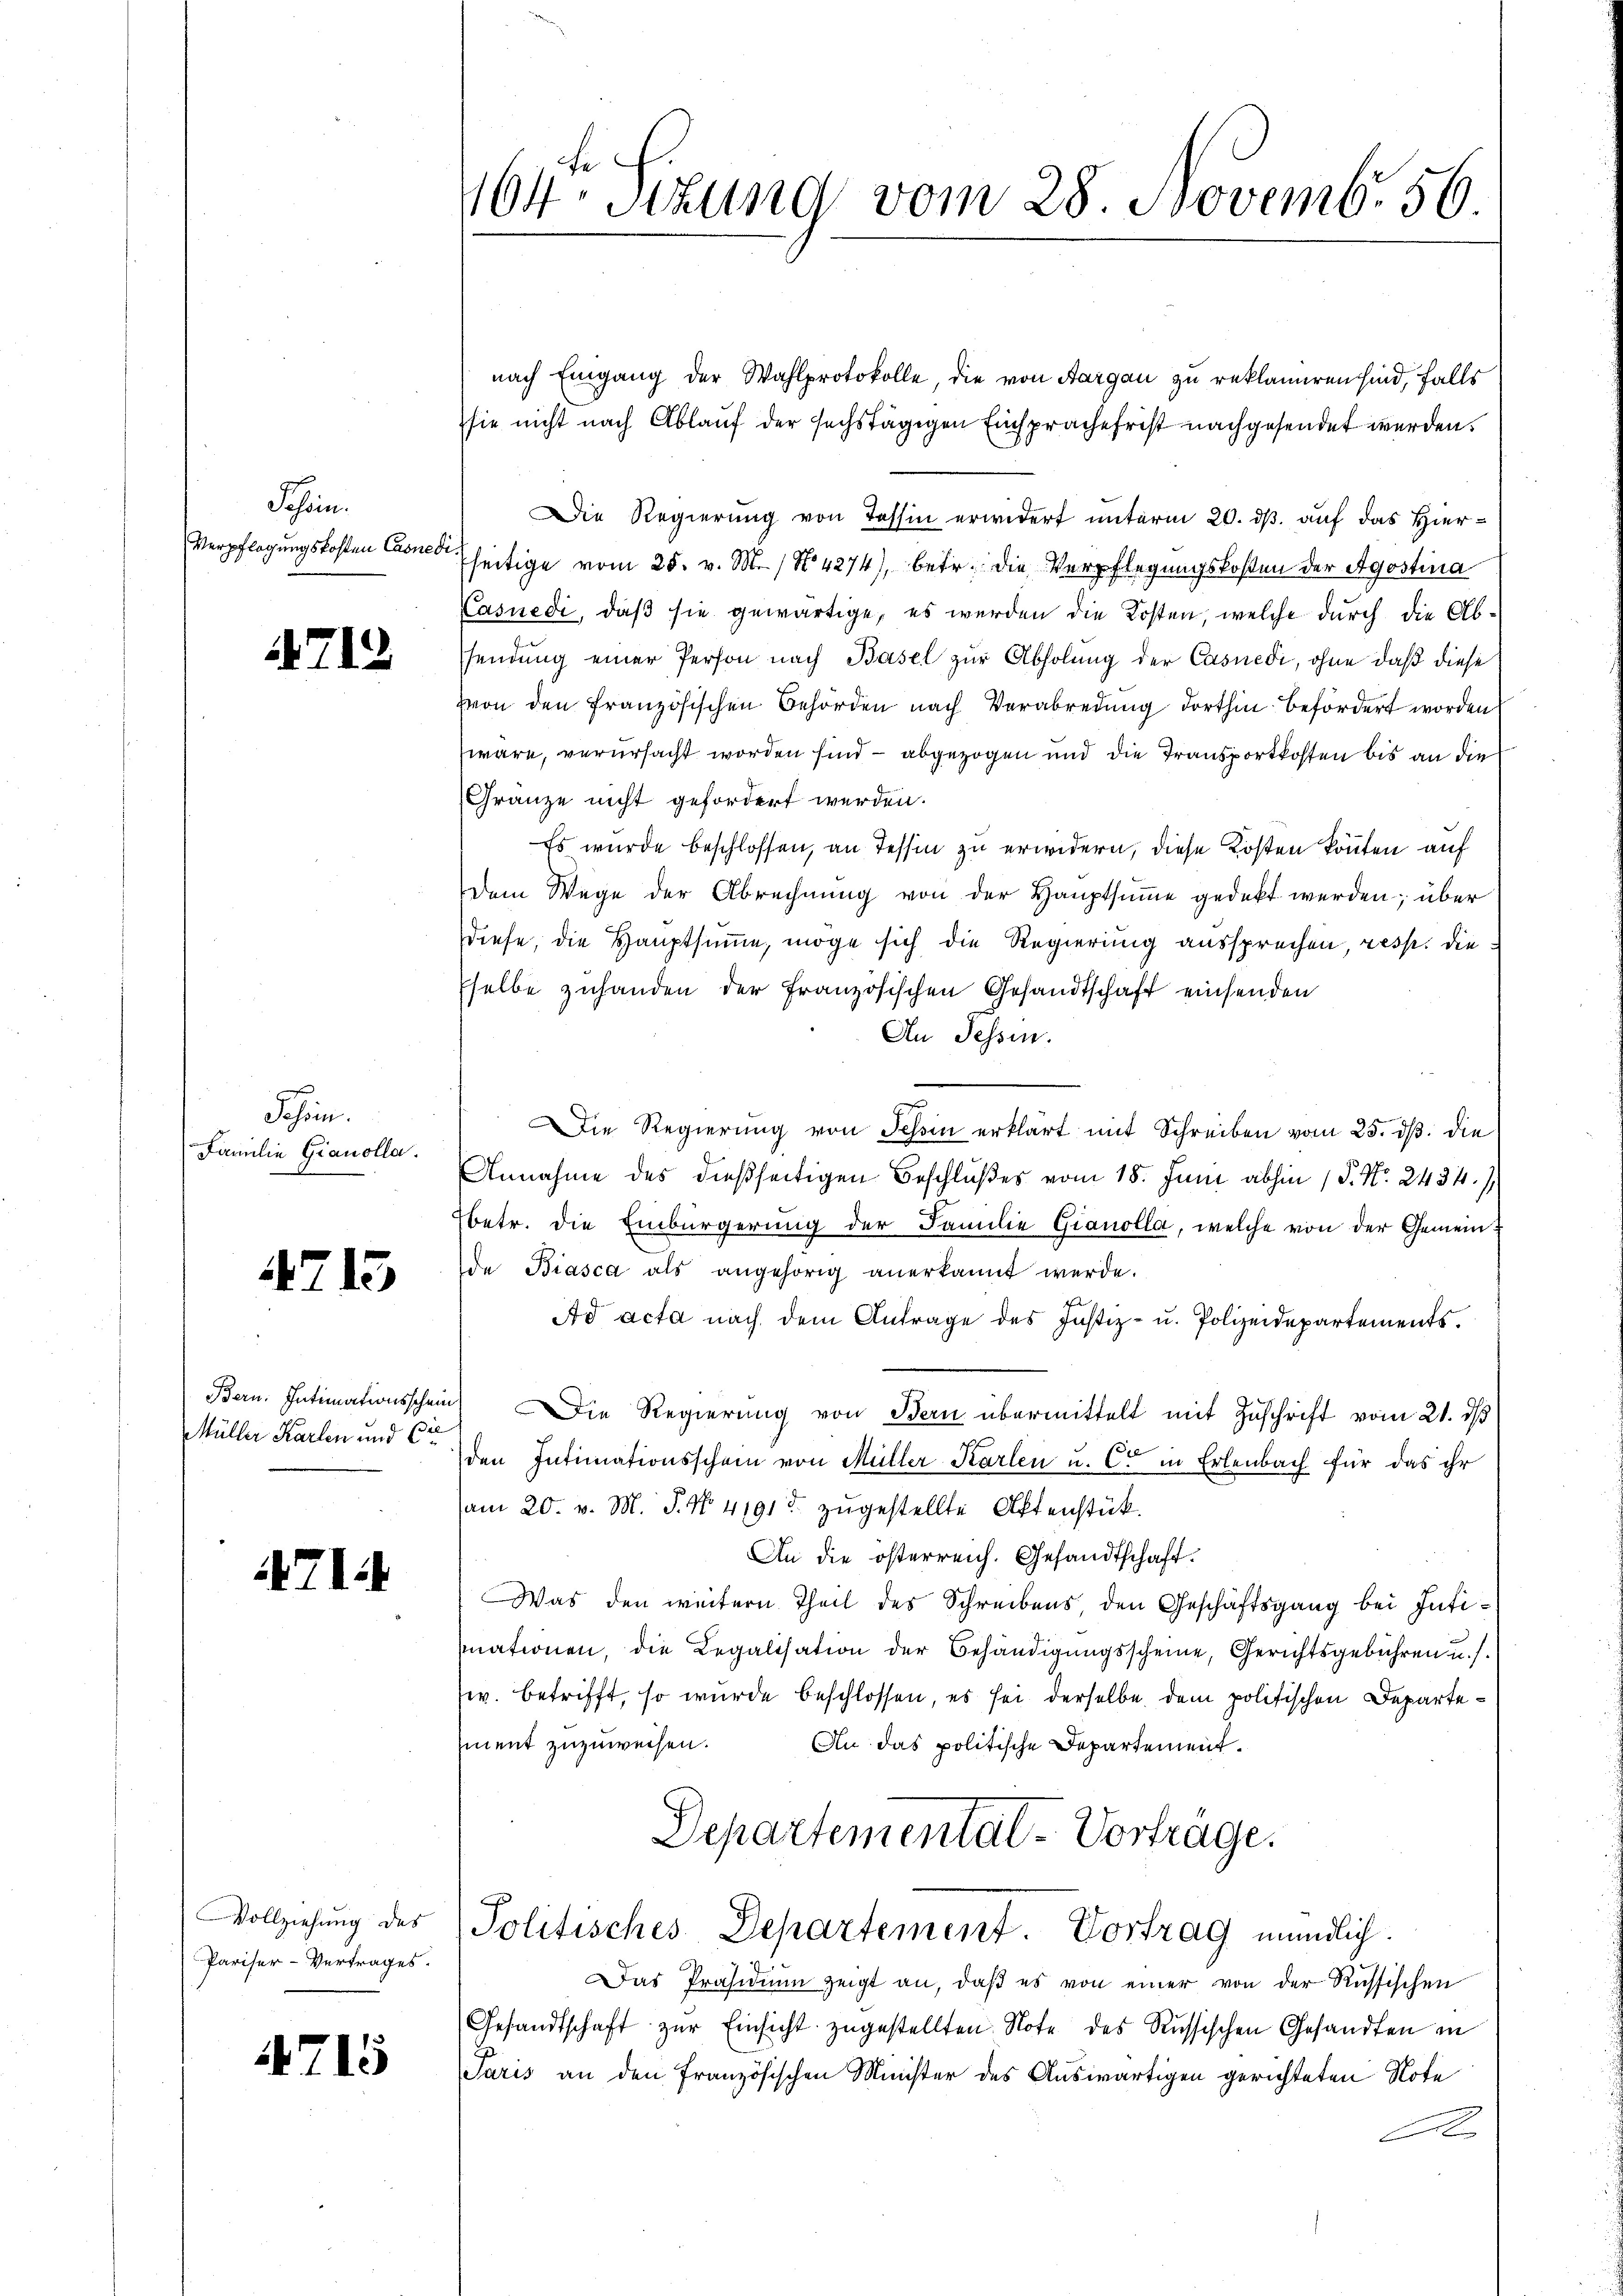
Schein.
Verpflegungskosten Casnedi

4712

Schien.
Familie Gianolla.

4715

Bern: Intimationsschein
Müller Karlen und die

711

Vollziehung des
Pariser-Vertrages.

4715

164ten Sizung vom 28 Novemb. 56

nach Eingang der Wahlprotokolle, die von Aargau zu reklamiren sind, falls
sie nicht nach Ablauf der sechstägigen Einsprache frist nachgesendet werden.
Die Regierung von Tessin erwidert unterm 20. ds. auf das Hierfseitige vom 25. v. M. / No 4274), betr. die Verpflegungskosten der Agostina
Casnedi, daß sie gewärtige, es werden die Kosten, welche durch die Absendung einer Person nach Basel zur Abholung der Casnedi, ohne daß diese
Von den französischen Behörden nach Verabredung dorthin befördert worden
wäre, verursacht worden sind – abgezogen und die Transportkosten bis an die
Gränze nicht gefordert werden.
Es wurde beschlossen, an Tessin zu erwidern, diese Kosten könnten auf
dem Wege der Abrechnŭng von der Hauptsŭṁe gedeckt werden; über
diese, die Hauptsumme, möge sich die Regierung aussprechen, resp. die
selbe zuhanden der französischen Gesandtschaft einsenden
An Tessin.
Die Regierung von Schin erklärt mit Schreiben vom 25. ds. die
Annahme des dießseitigen Beschlußes vom 18. Juni abhin 1 S. Nr. 2434/
betr. die Einbürgerung der Familie Gianolla, welche von der Gemein
de Biasca als angehörig anerkannt werde.
Ad acta nach dem Antrage des Justiz- u. Polizeidepartements.
) Die Regierŭng von Bern übermittelt mit Zŭschrift vom 21. dβ
den Intimationsschein von Müller Karlen u. Cet in Erlenbach für das ihr
am 20. v. M. P. No. 4191. zugestellte Aktenstück
An die österreich. Gesandtschaft.
Was den weitern Theil des Schreibens den Geschäftsgang bei Intimationen, die Legalisation der Behändigungsscheine, Gerichtsgebühren u. s.
w. betrifft, so wurde beschlossen, es sei derselbe dem politischen Departement zuzuweisen.
An das politische Departement¬
Departemental-Vortrage.
Politisches Departement. Vortrag mündlich.
Das Präsidium zeigt an, daβ es von einer von der Russischen
Gesandtschaft zŭr Einsicht zugestellten Note des Russischen Gesandten in
Paris an den französischen Minister des Auswärtigen gerichteten Note
A